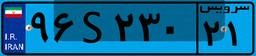
۵۶S۹۳۲۶۹